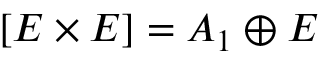
[ E \times E ] = A _ { 1 } \oplus E